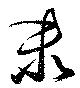
未